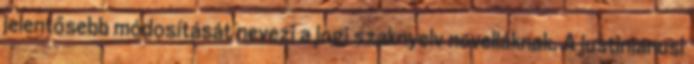
jelentősebb módosítását nevezi a jogi szaknyelv novelláknak. A justinianusi